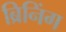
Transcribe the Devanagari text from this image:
ब्रिनिंग